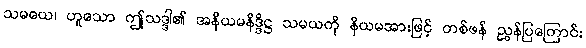
သမယေ၊ ဟူသော ဤသဒ္ဒါ၏ အနိယမနိဒ္ဒိဋ္ဌ သမယကို နိယမအားဖြင့် တစ်ဖန် ညွှန်ပြကြောင်း